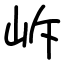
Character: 𡶜